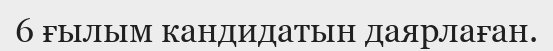
6 ғылым кандидатын даярлаған.